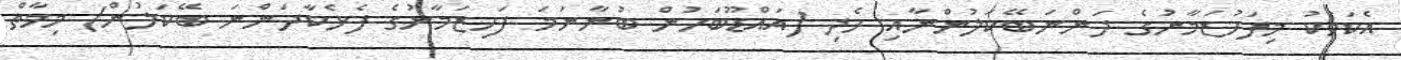
އެކަމަކު މިފަހުޒަމާނުގެ ދަންނަބޭކަލުންނާއި ހެދި (އައްޑޫބަހުން ބުނާނަމަ ފަހިޒަމާނުގެ ފެޅެކާދަންނަ ބޭކަލުން) މިމާތް